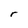
Character: r